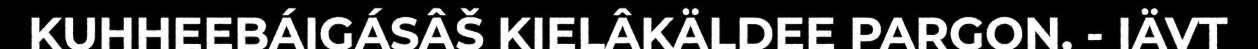
KUHHEEBÁIGÁSÂŠ KIELÂKÄLDEE PARGON. - IÄVT